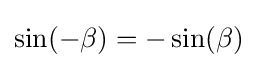
\sin(-\beta )=-\sin(\beta )